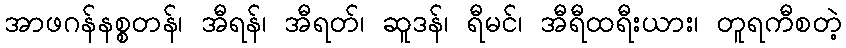
အာဖဂန်နစ္စတန်၊ အီရန်၊ အီရတ်၊ ဆူဒန်၊ ရီမင်၊ အီရီထရီးယား၊ တူရကီစတဲ့